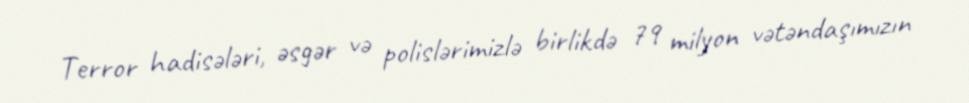
Terror hadisələri, əsgər və polislərimizlə birlikdə 79 milyon vətəndaşımızın